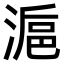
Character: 𣺣